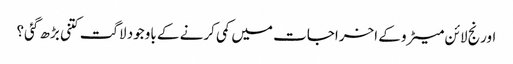
اورنج لائن میٹرو کے اخراجات میں کمی کرنے کے باوجود لاگت کتنی بڑھ گئی؟